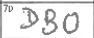
Transcription: DBO